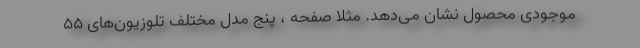
موجودی محصول نشان می‌دهد. مثلا صفحه ، پنج مدل مختلف تلوزیون‌های ۵۵